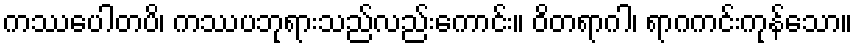
ကဿပေါတပိ၊ ကဿပဘုရားသည်လည်းကောင်း။ ဝိတရာဂါ၊ ရာဂကင်းကုန်သော။